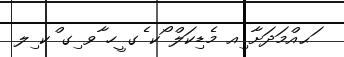
ަޙއްމަދަށާ ިއ މެޑިކަލް ޯކ ެގ ީހ ާވ ިގ ްކ ިލ